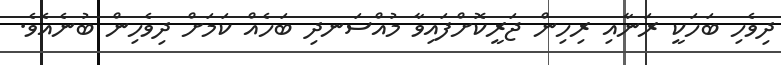
ދިވެހި ބަހަކީ ރަނާއި ރިހިން ޖަރީކޮށްފައިވާ މުއްސަނދި ބަހެއް ކަމަށް ދިވެހިން ބުނެއެވެ.